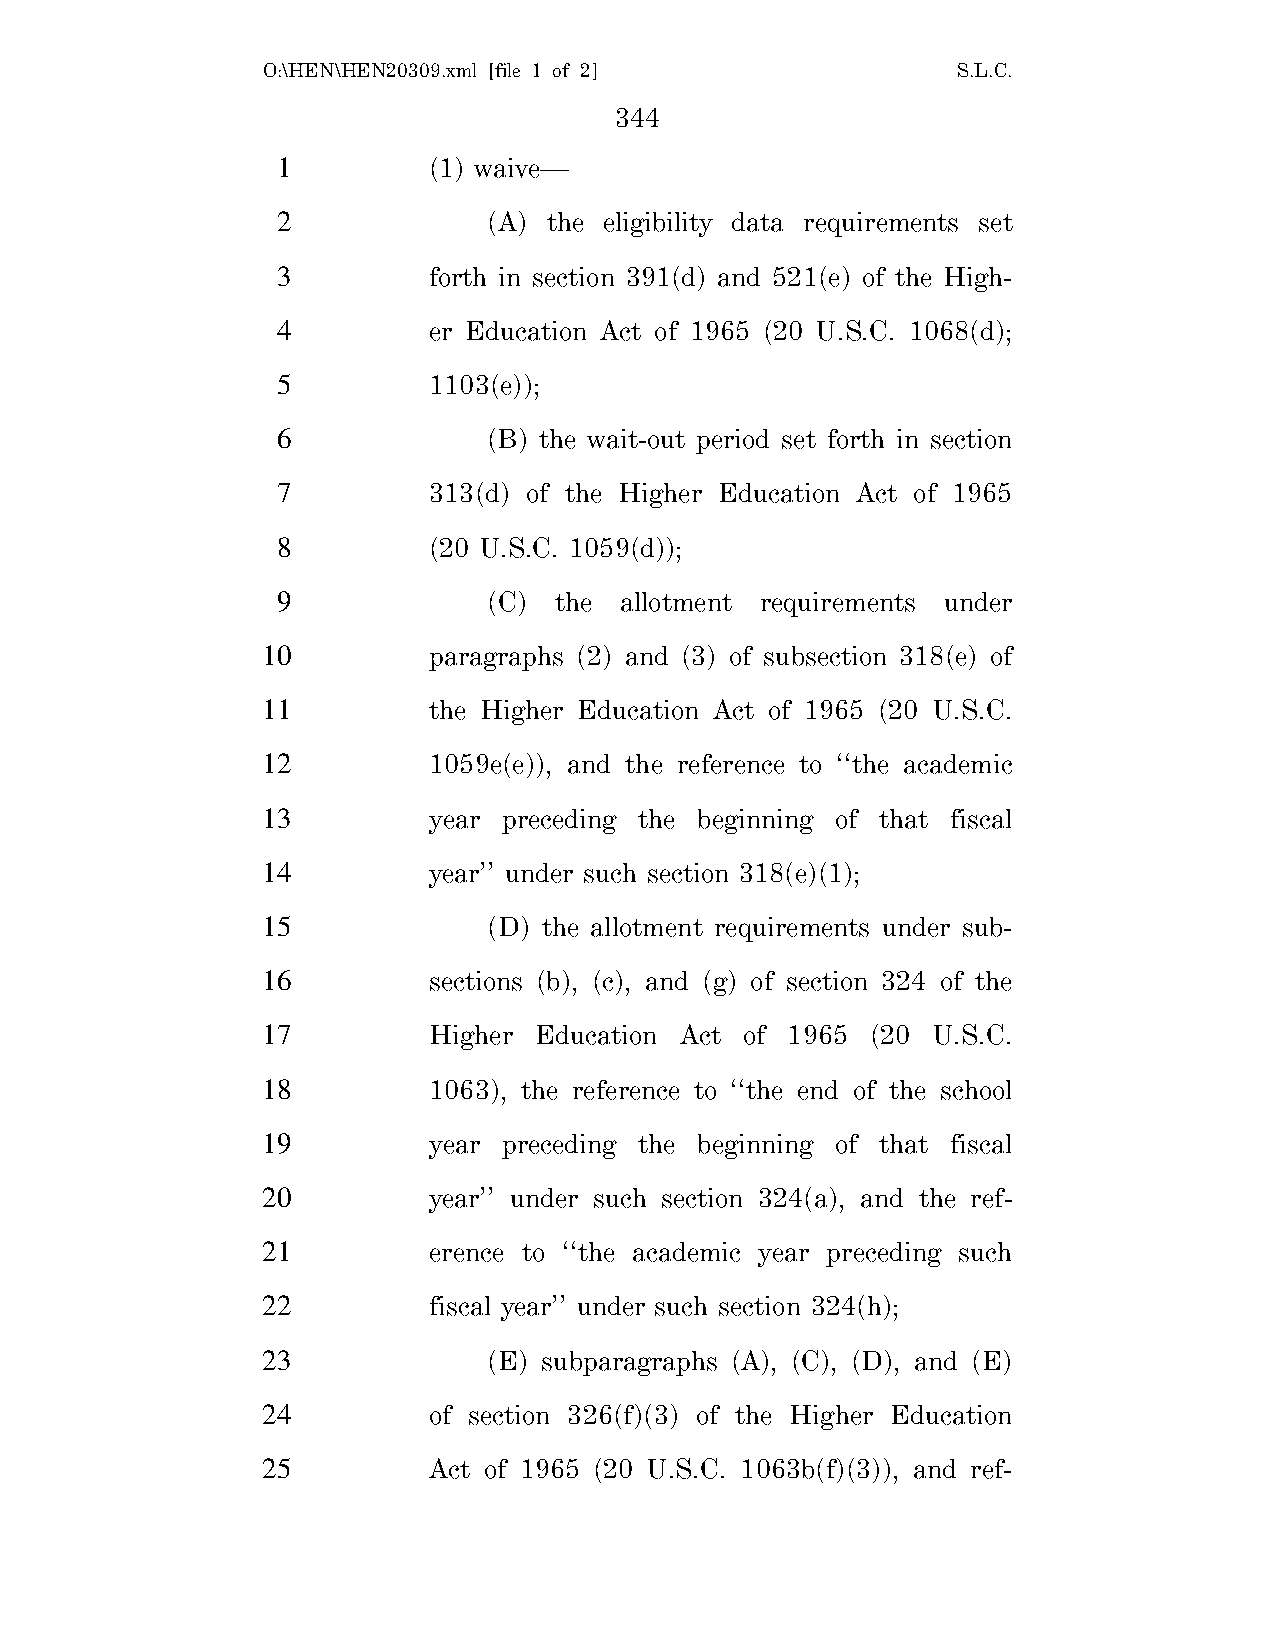
O:\HEN\HEN20309.xml [file 1 of 2]             S.L.C.
 344
 1         (1) waive—
 2             (A) the eligibility data requirements set
 3         forth in section 391(d) and 521(e) of the High-
 4         er Education Act of 1965 (20 U.S.C. 1068(d);
 5         1103(e));
 6             (B) the wait-out period set forth in section
 7         313(d) of the Higher Education Act of 1965
 8         (20 U.S.C. 1059(d));
 9             (C)  the allotment requirements under
 10         paragraphs (2) and (3) of subsection 318(e) of
 11         the Higher Education Act of 1965 (20 U.S.C.
 12         1059e(e)), and the reference to ‘‘the academic
 13         year preceding the beginning of that fiscal
 14         year’’ under such section 318(e)(1);
 15             (D) the allotment requirements under sub-
 16         sections (b), (c), and (g) of section 324 of the
 17         Higher Education Act of 1965  (20 U.S.C.
 18         1063), the reference to ‘‘the end of the school
 19         year preceding the beginning of that fiscal
 20         year’’ under such section 324(a), and the ref-
 21         erence to ‘‘the academic year preceding such
 22         fiscal year’’ under such section 324(h);
 23             (E) subparagraphs (A), (C), (D), and (E)
 24         of section 326(f)(3) of the Higher Education
 25         Act of 1965 (20 U.S.C. 1063b(f)(3)), and ref-